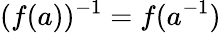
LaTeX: (f(a))^{-1}=f(a^{-1})